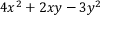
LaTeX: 4 x ^ { 2 } + 2 x y - 3 y ^ { 2 }